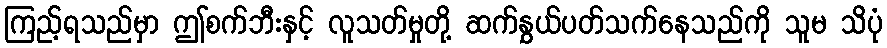
ကြည့်ရသည်မှာ ဤစက်ဘီးနှင့် လူသတ်မှုတို့ ဆက်နွှယ်ပတ်သက်နေသည်ကို သူမ သိပုံ